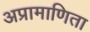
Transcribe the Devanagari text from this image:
अप्रामाणिता